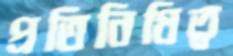
প্রতিনিধিত্ব